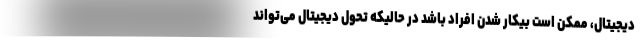
دیجیتال، ممکن است بیکار شدن افراد باشد در حالیکه تحول دیجیتال می‌تواند